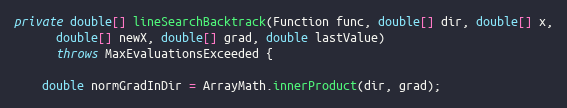
Language: Java
private double[] lineSearchBacktrack(Function func, double[] dir, double[] x,
      double[] newX, double[] grad, double lastValue)
      throws MaxEvaluationsExceeded {

    double normGradInDir = ArrayMath.innerProduct(dir, grad);